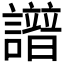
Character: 𧭘